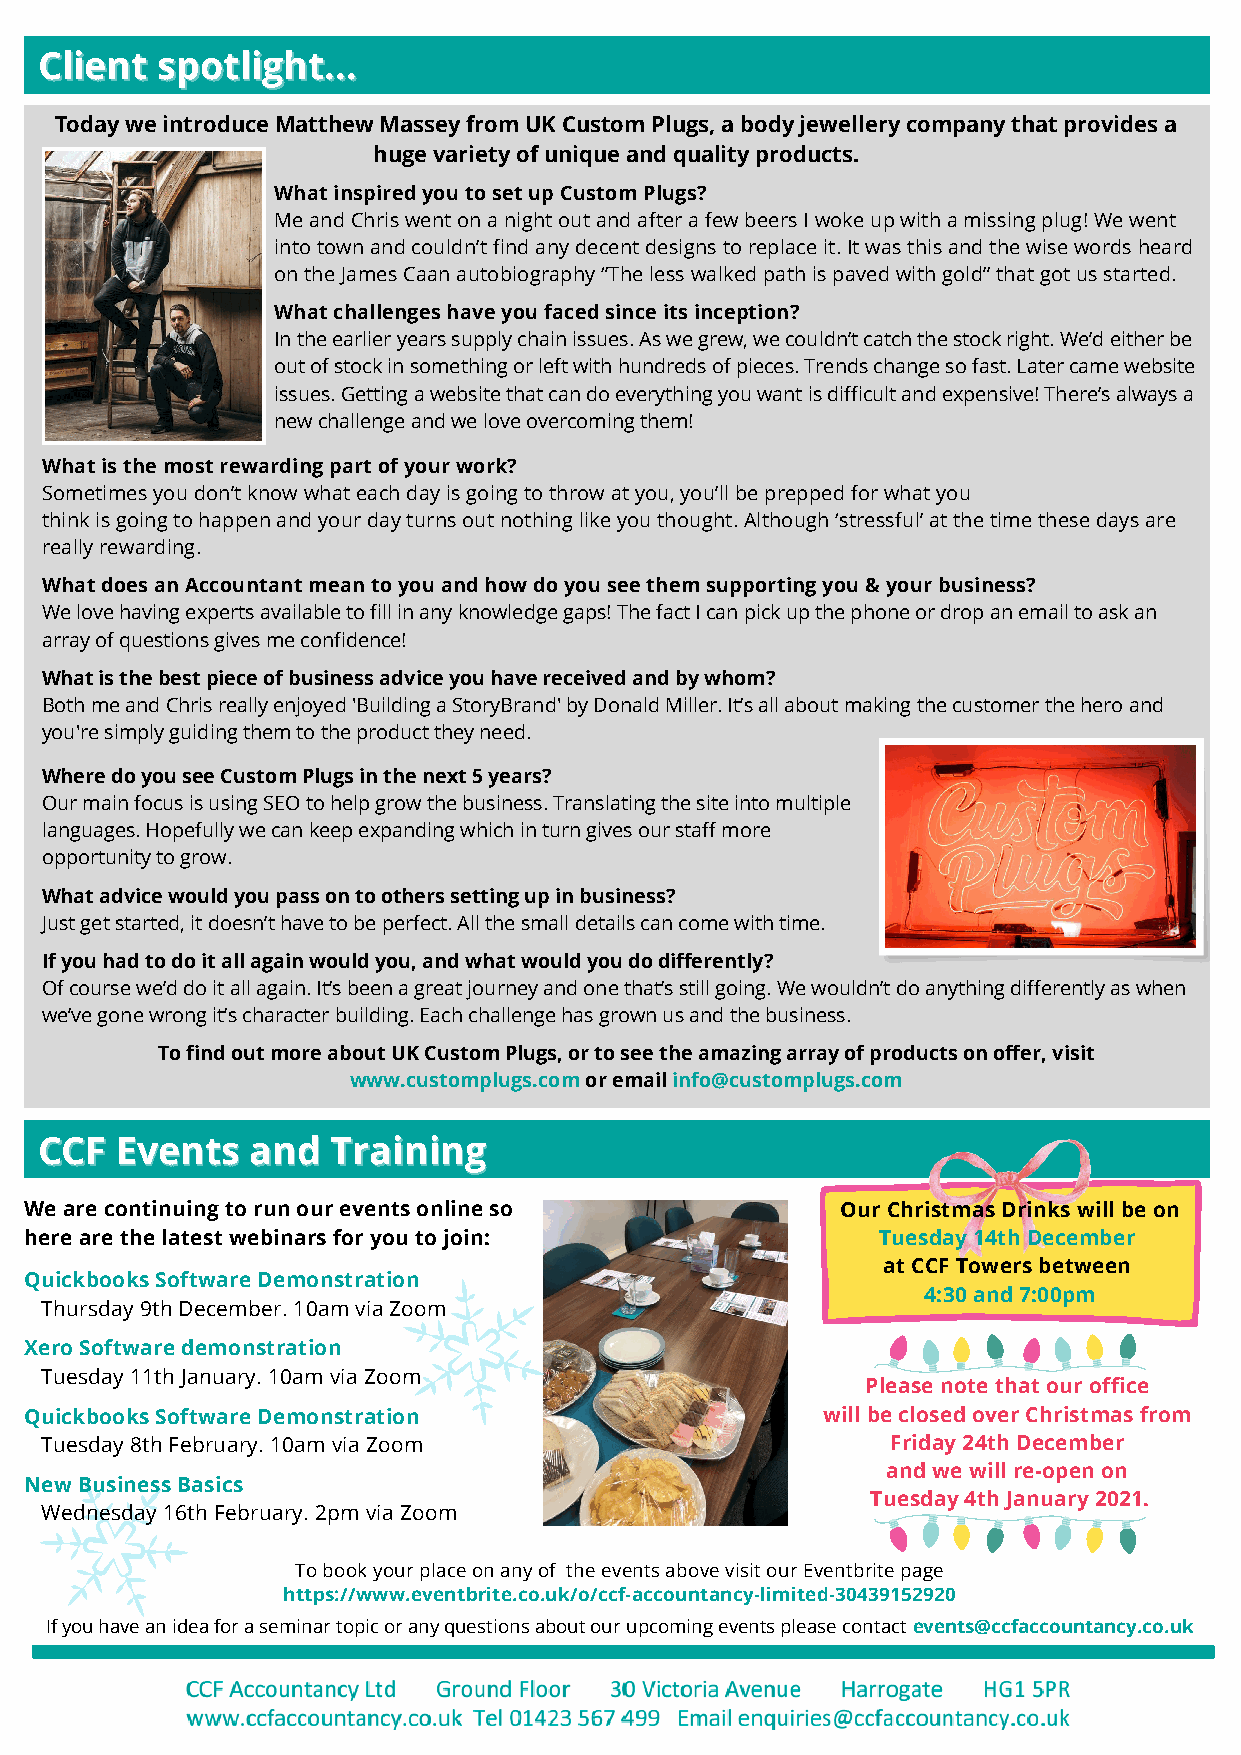
CClliieenntt ssppoottlliigghhtt......
 Today we introduce Matthew Massey from UK Custom Plugs, a body jewellery company that provides a
 huge variety of unique and quality products.
 What inspired you to set up Custom Plugs?
 Me and Chris went on a night out and after a few beers I woke up with a missing plug! We went
 into town and couldn’t find any decent designs to replace it. It was this and the wise words heard
 on the James Caan autobiography ‘’The less walked path is paved with gold’’ that got us started.
 What challenges have you faced since its inception?
 In the earlier years supply chain issues. As we grew, we couldn’t catch the stock right. We’d either be
 out of stock in something or left with hundreds of pieces. Trends change so fast. Later came website
 issues. Getting a website that can do everything you want is difficult and expensive! There’s always a
 new challenge and we love overcoming them!
 What is the most rewarding part of your work?
 Sometimes you don’t know what each day is going to throw at you, you’ll be prepped for what you
 think is going to happen and your day turns out nothing like you thought. Although ‘stressful’ at the time these days are
 really rewarding.
 What does an Accountant mean to you and how do you see them supporting you & your business?
 We love having experts available to fill in any knowledge gaps! The fact I can pick up the phone or drop an email to ask an
 array of questions gives me confidence!
 What is the best piece of business advice you have received and by whom?
 Both me and Chris really enjoyed 'Building a StoryBrand' by Donald Miller. It’s all about making the customer the hero and
 you're simply guiding them to the product they need.
 Where do you see Custom Plugs in the next 5 years?
 Our main focus is using SEO to help grow the business. Translating the site into multiple
 languages. Hopefully we can keep expanding which in turn gives our staff more
 opportunity to grow.
 What advice would you pass on to others setting up in business?
 Just get started, it doesn’t have to be perfect. All the small details can come with time.
 If you had to do it all again would you, and what would you do differently?
 Of course we’d do it all again. It’s been a great journey and one that’s still going. We wouldn’t do anything differently as when
 we’ve gone wrong it’s character building. Each challenge has grown us and the business.
 To find out more about UK Custom Plugs, or to see the amazing array of products on offer, visit
 www.customplugs.com or email info@customplugs.com
 CCCCFF EEvveennttss aanndd TTrraaiinniinngg
 We are continuing to run our events online so         Our Christmas Drinks will be on
 here are the latest webinars for you to join:           Tuesday 14th December
 at CCF Towers between
 Quickbooks Software Demonstration
 4:30 and 7:00pm
 Thursday 9th December. 10am via Zoom
 Xero Software demonstration
 Tuesday 11th January. 10am via Zoom
 Please note that our office
 Quickbooks Software Demonstration                   will be closed over Christmas from
 Tuesday 8th February. 10am via Zoom                     Friday 24th December
 and we will re-open on
 New Business Basics
 Tuesday 4th January 2021.
 Wednesday 16th February. 2pm via Zoom
 To book your place on any of the events above visit our Eventbrite page
 https://www.eventbrite.co.uk/o/ccf-accountancy-limited-30439152920
 If you have an idea for a seminar topic or any questions about our upcoming events please contact events@ccfaccountancy.co.uk